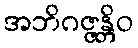
အဘိဂဇ္ဇန္တိဝ